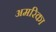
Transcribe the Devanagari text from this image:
अमरिका